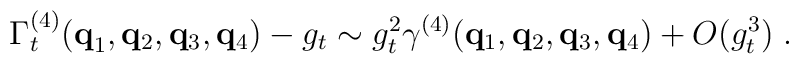
\Gamma_t^{(4)} ( {\bf{q}}_1 , {\bf{q}}_2 , {\bf{q}}_3 , {\bf{q}}_4 ) - g_t \sim    g_t^2  \gamma^{(4)} ({\bf{q}}_1 , {\bf{q}}_2 , {\bf{q}}_3 , {\bf{q}}_4 )  + O  ( g_t^3  ) \; .